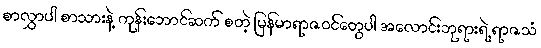
စာလွှာပါ စာသားနဲ့ ကုန်းဘောင်ဆက် စတဲ့ မြန်မာရာဇဝင်တွေပါ အလောင်းဘုရားရဲ့ ရာဇသံ